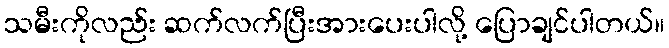
သမီးကိုလည်း ဆက်လက်ပြီးအားပေးပါလို့ ပြောချင်ပါတယ်။